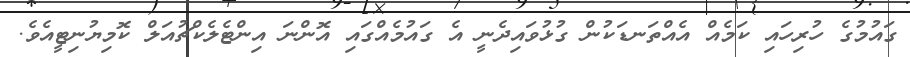
ގައުމުގެ ހުރިހައި ކަމެއް އެއްތަނޑަކުން ގުޅުވައިދެނީ އެ ގައުމެއްގައި އޮންނަ އިންޓެލެކްޗުއަލް ކޮމިޔުނިޓީއެވެ.